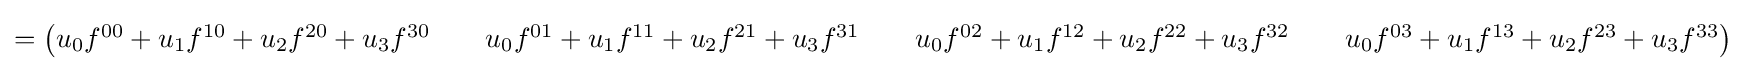
={\begin{pmatrix}u_{0}f^{00}+u_{1}f^{10}+u_{2}f^{20}+u_{3}f^{30}&&u_{0}f^{01}+u_{1}f^{11}+u_{2}f^{21}+u_{3}f^{31}&&u_{0}f^{02}+u_{1}f^{12}+u_{2}f^{22}+u_{3}f^{32}&&u_{0}f^{03}+u_{1}f^{13}+u_{2}f^{23}+u_{3}f^{33}\end{pmatrix}}